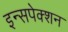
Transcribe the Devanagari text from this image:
इन्सपेक्शन